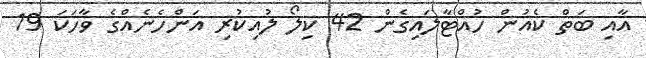
އާއި ބަތް ކެއުން ހުއްޓާލައިގެން 42 ކިލޯ ލުއިކުރި އަންހެނެއްގެ ވާހަކަ 19